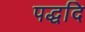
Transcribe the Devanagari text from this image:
पद्धदि